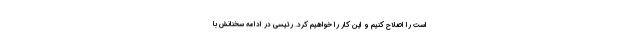
است را اصلاح کنیم و این کار را خواهیم کرد. رئیسی در ادامه سخنانش با